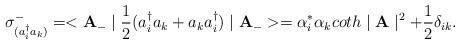
LaTeX: \begin{align*}\sigma_{(a_{i}^{\dag}a_{k})}^{-}=<{\bf A}_{-} \mid\frac{1}{2}(a_{i}^{\dag}a_{k}+a_{k}a_{i}^{\dag})\mid {\bf A_{-}}>=\alpha_{i}^{*}\alpha_{k}coth\mid {\bf A} \mid^{2}+\frac{1}{2} \delta_{ik}.\\\end{align*}